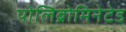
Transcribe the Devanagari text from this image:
पोलिब्रोमिनेटेड